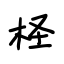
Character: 柽